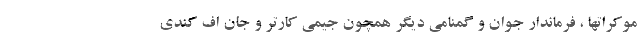
موکراتها ، فرماندار جوان و گمنامی دیگر همچون جیمی کارتر و جان اف کندی